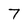
Character: 7